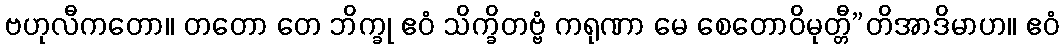
ဗဟုလီကတော။ တတော တေ ဘိက္ခု ဧဝံ သိက္ခိတဗ္ဗံ ကရုဏာ မေ စေတောဝိမုတ္တီ”တိအာဒိမာဟ။ ဧဝံ